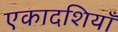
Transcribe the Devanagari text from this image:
एकादशियाँ